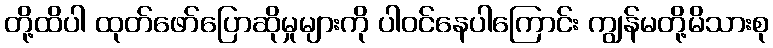
တို့ထိပါ ထုတ်ဖော်ပြောဆိုမှုများကို ပါဝင်နေပါကြောင်း ကျွန်မတို့မိသားစု